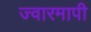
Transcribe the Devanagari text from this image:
ज्वारमापी